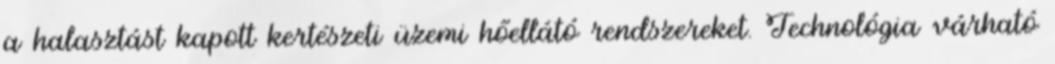
a halasztást kapott kertészeti üzemi hőellátó rendszereket. Technológia várható